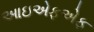
આઇએફએફ